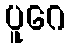
ပူဂေ